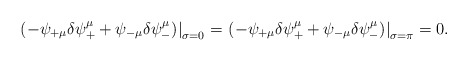
\begin{align*}\left. \left( -\psi_{+\mu}\delta \psi^\mu _+ +\psi_{-\mu}\delta \psi^\mu _-\right) \right|_{\sigma =0} = \left. \left( -\psi_{+\mu}\delta \psi^\mu _+ +\psi_{-\mu}\delta \psi^\mu _-\right) \right|_{\sigma =\pi} =0.\end{align*}